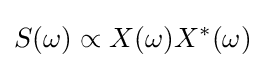
S(\omega )\propto X(\omega )X^{*}(\omega )